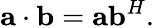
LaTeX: \mathbf{a}\cdot\mathbf{b}=\mathbf{a}\mathbf{b}^{H}.